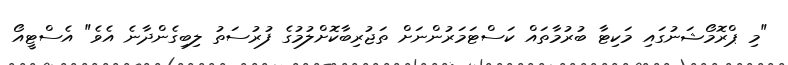
"މި ޕްރޮމޯޝަނުގައި މަކިޓާ ބުރުމާތައް ކަސްޓަމަރުންނަށް ތަޖުރިބާކޮށްލުމުގެ ފުރުސަތު ލިބިގެންދާނެ އެވެ" އެސްޓީއޯ